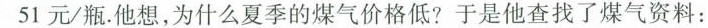
51元/瓶。他想，为什么夏季的煤气价格低?于是他查找了煤气资料：